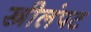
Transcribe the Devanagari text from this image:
स्त्रीलंपट